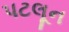
પટલૂન